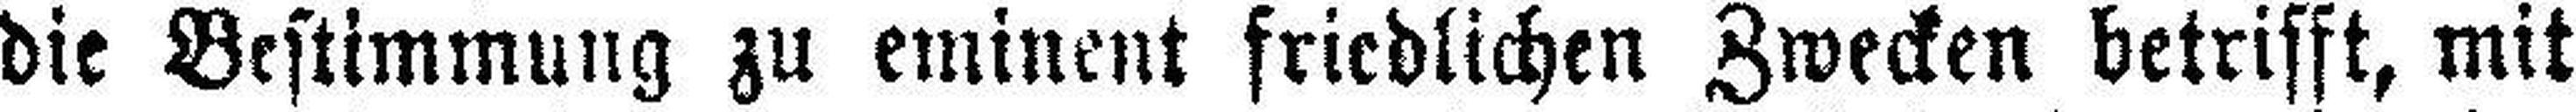
die Bestimmung zu eminent friedlichen Zwecken betrifft, mit